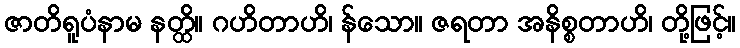
ဇာတိရူပံနာမ နတ္ထိ။ ဂဟိတာဟိ၊ န်သော။ ဇရတာ အနိစ္စတာဟိ၊ တို့ဖြင့်။